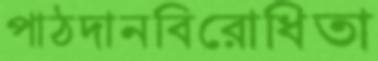
পাঠদানবিরোধিতা